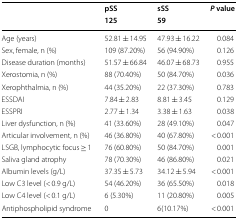
<table><thead><tr><td rowspan="2"></td><td><b>pSS</b></td><td><b>sSS</b></td><td rowspan="2"><b><i>P</i> value</b></td></tr><tr><td><b>125</b></td><td><b>59</b></td></tr></thead><tbody><tr><td>Age (years)</td><td>52.81 ± 14.95</td><td>47.93 ± 16.22</td><td>0.084</td></tr><tr><td>Sex, female, n (%)</td><td>109 (87.20%)</td><td>56 (94.90%)</td><td>0.126</td></tr><tr><td>Disease duration (months)</td><td>51.57 ± 66.84</td><td>46.07 ± 68.73</td><td>0.955</td></tr><tr><td>Xerostomia, n (%)</td><td>88 (70.40%)</td><td>50 (84.70%)</td><td>0.036</td></tr><tr><td>Xerophthalmia, n (%)</td><td>44 (35.20%)</td><td>22 (37.30%)</td><td>0.783</td></tr><tr><td>ESSDAI</td><td>7.84 ± 2.83</td><td>8.81 ± 3.45</td><td>0.129</td></tr><tr><td>ESSPRI</td><td>2.77 ± 1.34</td><td>3.38 ± 1.63</td><td>0.038</td></tr><tr><td>Liver dysfunction, n (%)</td><td>41 (33.60%)</td><td>28 (49.10%)</td><td>0.047</td></tr><tr><td>Articular involvement, n (%)</td><td>46 (36.80%)</td><td>40 (67.80%)</td><td>&lt; 0.001</td></tr><tr><td>LSGB, lymphocytic focus ≥ 1</td><td>76 (60.80%)</td><td>50 (84.70%)</td><td>0.001</td></tr><tr><td>Saliva gland atrophy</td><td>78 (70.30%)</td><td>46 (86.80%)</td><td>0.021</td></tr><tr><td>Albumin levels (g/L)</td><td>37.35 ± 5.73</td><td>34.12 ± 5.94</td><td>&lt; 0.001</td></tr><tr><td>Low C3 level (&lt; 0.9 g/L)</td><td>54 (46.20%)</td><td>36 (65.50%)</td><td>0.018</td></tr><tr><td>Low C4 level (&lt; 0.1 g/L)</td><td>6 (5.30%)</td><td>11 (20.80%)</td><td>0.005</td></tr><tr><td>Antiphospholipid syndrome</td><td>0</td><td>6(10.17%)</td><td>&lt; 0.001</td></tr></tbody></table>